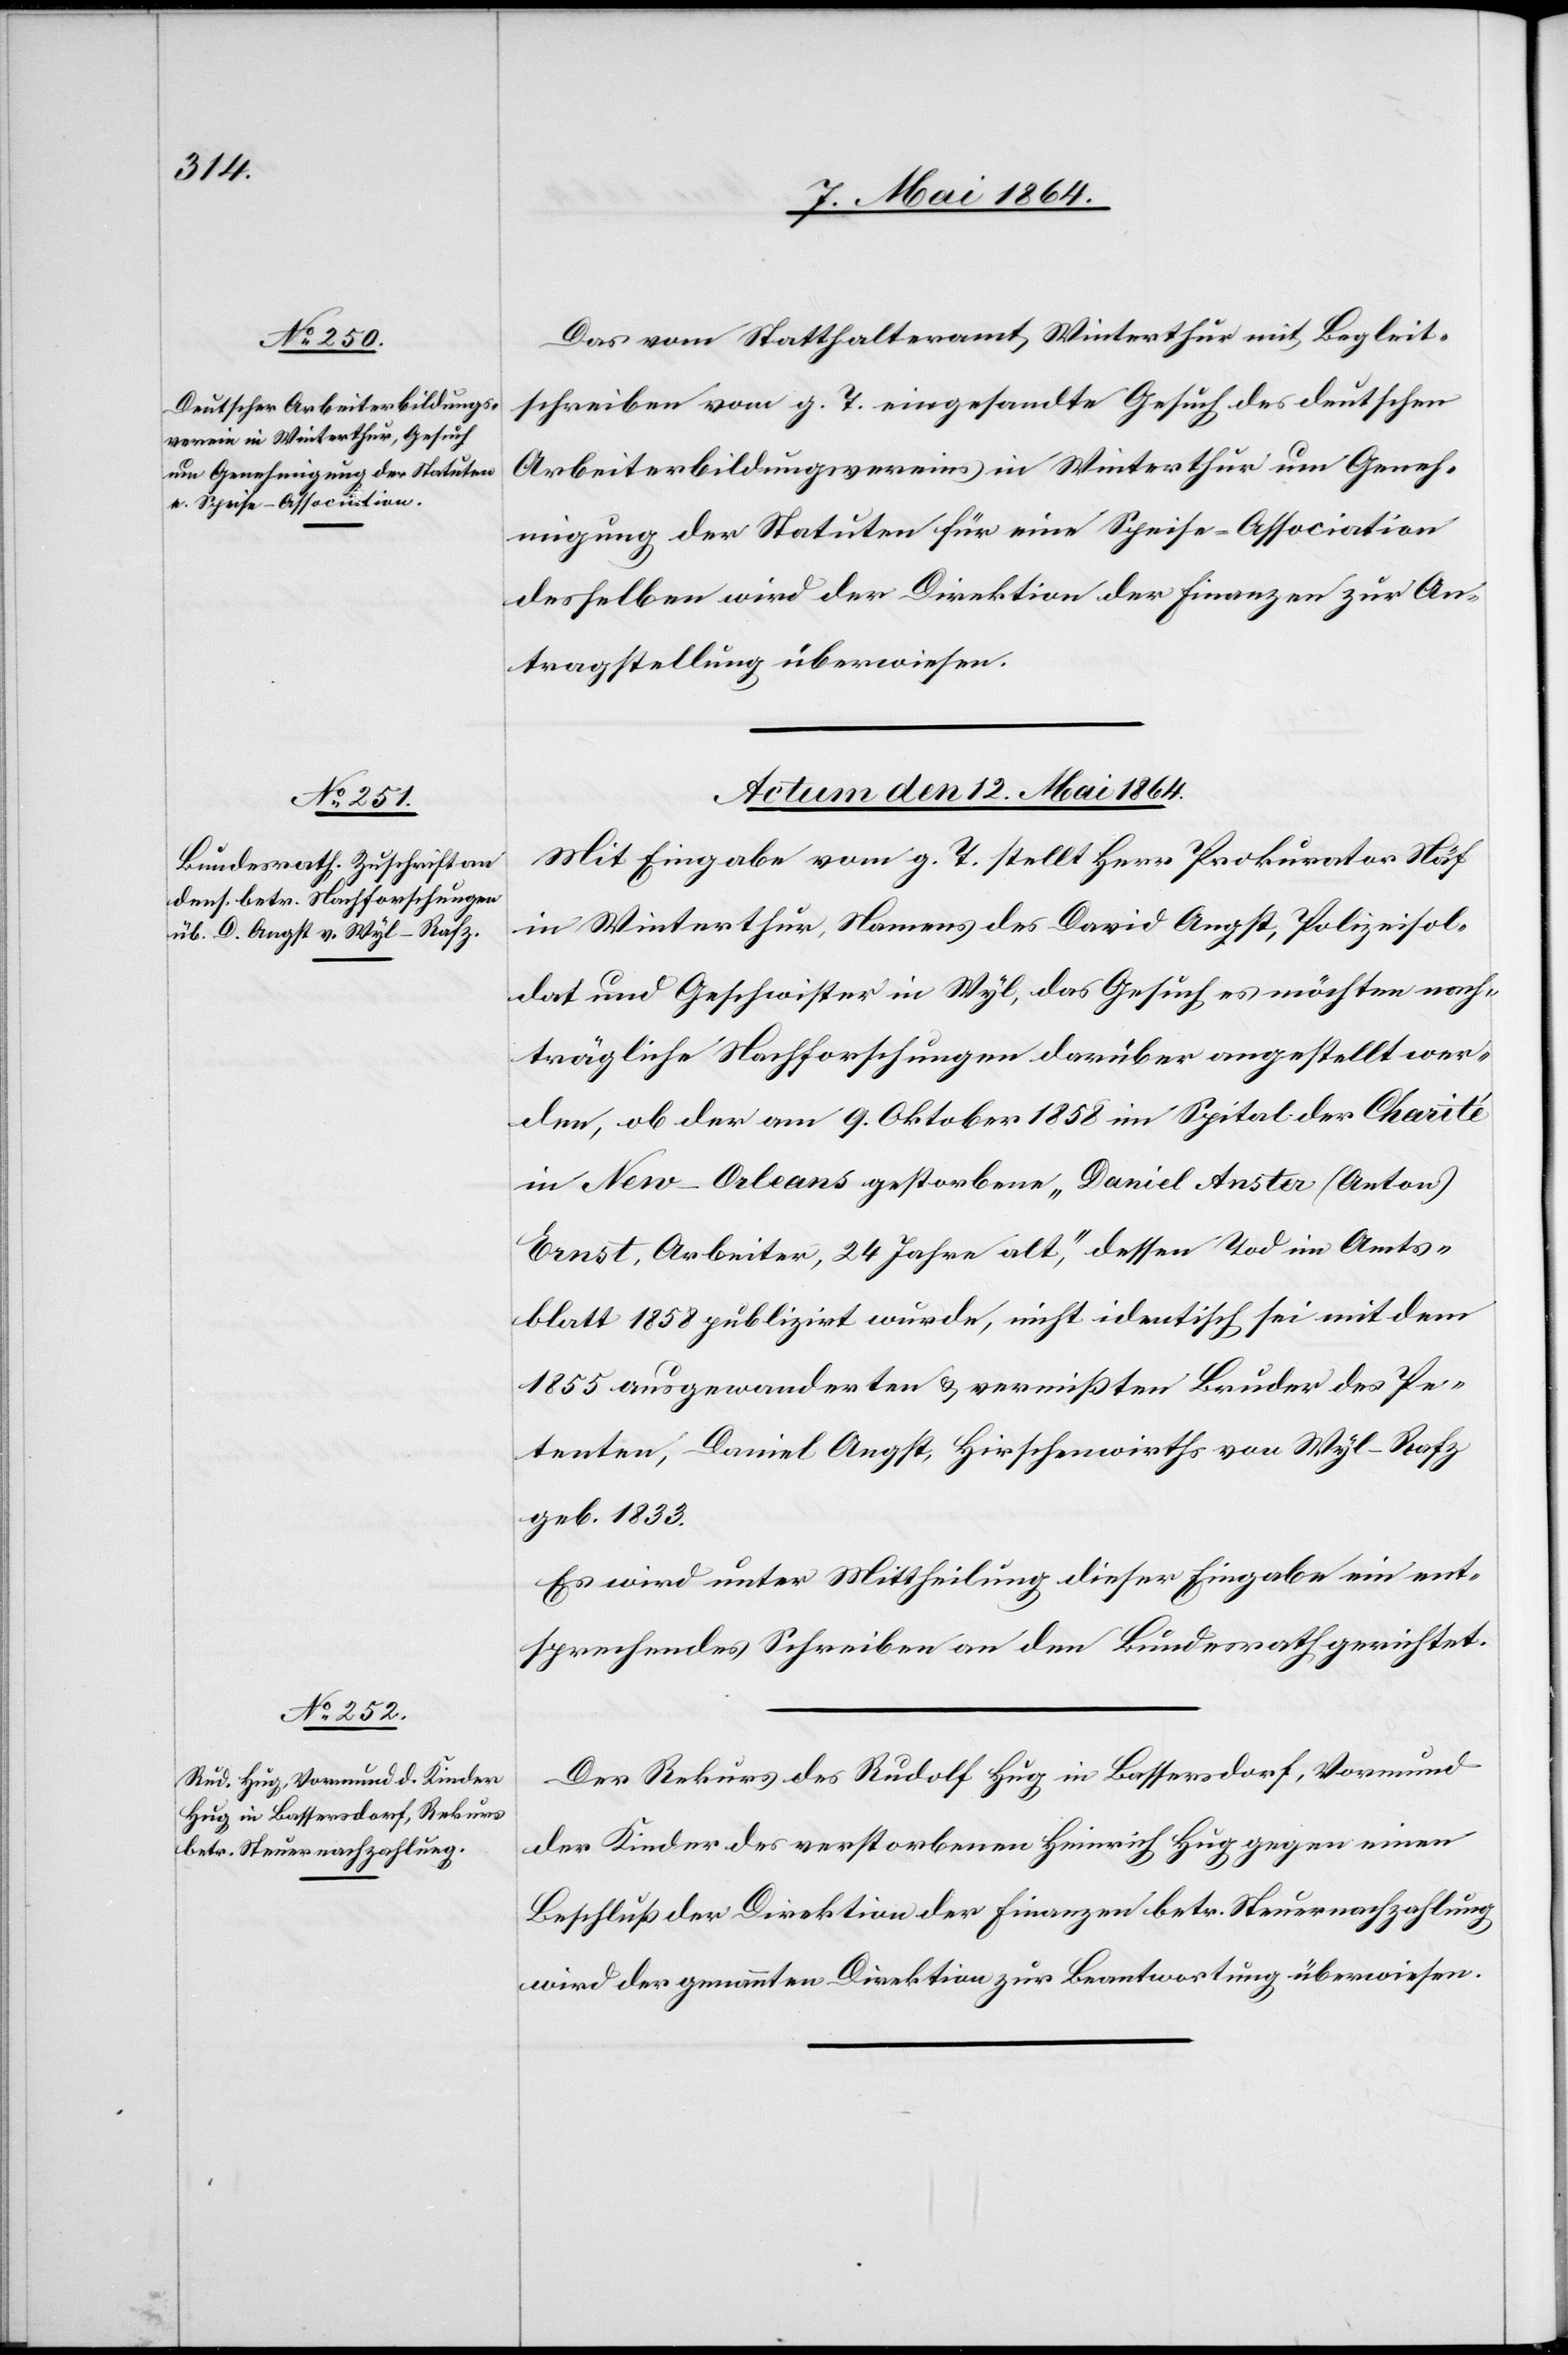
Das vom Statthalteramt Winterthur mit Begleit¬
schreiben vom g. T. eingesandte Gesuch des deutschen
Arbeiterbildungsvereins in Winterthur um Geneh¬
migung der Statuten für eine Speise-Association
desselben wird der Direktion der Finanzen zur An¬
tragstellung überwiesen.
Actum den 12. Mai 1864.]
Mit Eingabe vom g. T. stellt Herr Prokurator Näf
in Winterthur, Namens des David Angst, Polizeisol¬
dat und Geschwister in Wyl, das Gesuch es möchten nach¬
trägliche Nachforschungen darüber angestellt wer¬
den, ob der am 9. Oktober 1858 im Spital der Charité
in New-Orleans gestorbene „Daniel Auster (Anton)
Ernst, Arbeiter, 24 Jahre alt,“ dessen Tod im Amts¬
blatt 1858 publizirt wurde, nicht identisch sei mit dem
1855 ausgewanderten u. vermißten Bruder des Pe¬
tenten, Daniel Angst, Hirschenwirths von Wyl-Rafz
geb. 1833.
Es wird unter Mittheilung dieser Eingabe ein ent¬
sprechendes Schreiben an den Bundesrath gerichtet.
Der Rekurs des Rudolf Hug in Bassersdorf, Vormund
der Kinder des verstorbenen Heinrich Hug gegen einen
Beschluß der Direktion der Finanzen betr. Steuernachzahlung
wird der genannten Direktion zur Beantwortung überwiesen.